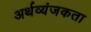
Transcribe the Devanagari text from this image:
अर्थव्यंजकता